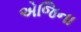
એજિના